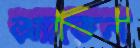
অ্যাডেল